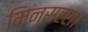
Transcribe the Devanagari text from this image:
मिन्सहरा।